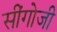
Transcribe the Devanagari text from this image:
सींगोजी